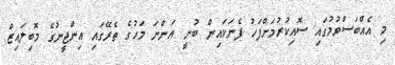
މި އެއްބަސްވުމުގައި ސޮއިކުރުމަށްފަހު ފެނަކައިން ބުނީ އަންނަ މަހުގެ ތެރޭގައި އިންޖީނުގެ މޮބިލައިޒް